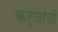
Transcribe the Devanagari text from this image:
कर्जांची